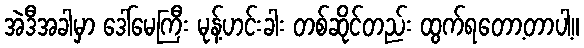
အဲဒီအခါမှာ ဒေါ်မေကြီး မုန့်ဟင်းခါး တစ်ဆိုင်တည်း ထွက်ရတော့တာပါ့။